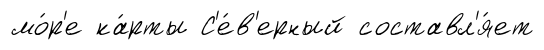
мо́р'е ка́рты С'е́в'ерный составл'я́ет